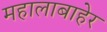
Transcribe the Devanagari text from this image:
महालाबाहेर